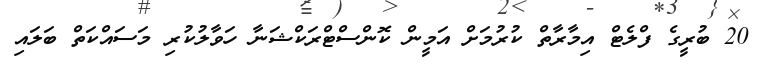
20 ބުރީގެ ފްލެޓް އިމާރާތް ކުރުމަށް އަމީން ކޮންސްޓްރަކްޝަނާ ހަވާލުކުރި މަސައްކަތް ބަލައި